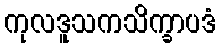
ကုလဒူသကသိက္ခာပဒံ